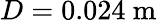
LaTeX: D=0.024\mathrm{~m~}